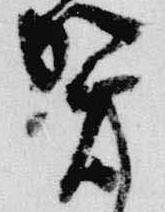
賀